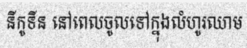
នីកូទីន នៅពេលចូលទៅក្នុងលំហូរឈាម